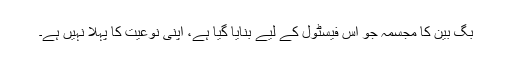
بگ بین کا مجسمہ جو اس فیسٹول کے لیے بنایا گیا ہے، اپنی نوعیت کا پہلا نہیں ہے۔